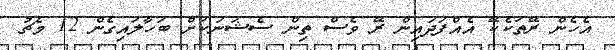
އެހެން ރޭތަކެކޭ އެއްފަދައިން ރޭ ވެސް ތިން ސެޝަނަކަށް ބަހާލައިގެން 12 މެޗު